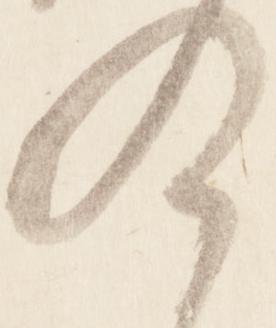
及